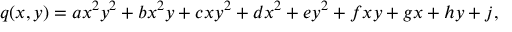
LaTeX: q ( x , y ) = a x ^ { 2 } y ^ { 2 } + b x ^ { 2 } y + c x y ^ { 2 } + d x ^ { 2 } + e y ^ { 2 } + f x y + g x + h y + j ,